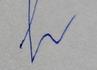
Signature authenticity: forged